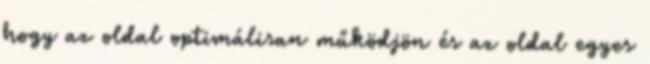
hogy az oldal optimálisan működjön és az oldal egyes